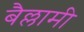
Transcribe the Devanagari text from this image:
बैल्लामी